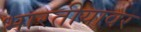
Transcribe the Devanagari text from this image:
भारतीयावर